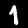
Digit: 1